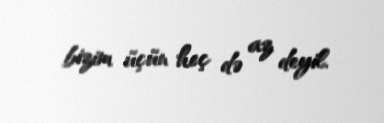
bizim üçün heç də az deyil.